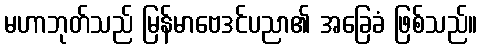
မဟာဘုတ်သည် မြန်မာဗေဒင်ပညာ၏ အခြေခံ ဖြစ်သည်။